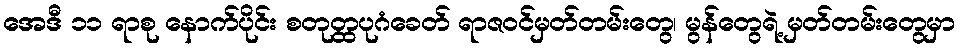
အေဒီ ၁၁ ရာစု နောက်ပိုင်း စတုတ္ထပုဂံခေတ် ရာဇဝင်မှတ်တမ်းတွေ၊ မွန်တွေရဲ့ မှတ်တမ်းတွေမှာ